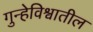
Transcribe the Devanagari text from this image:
गुन्हेविश्वातील